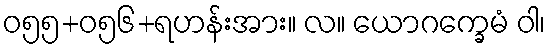
ဝ၅၅+၀၅၆+ရဟန်းအား။ လ။ ယောဂက္ခေမံ ဝါ၊